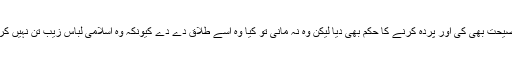
اس شخص نے اسے بےپردگى سے باز رہنے كى نصيحت بھى كى اور پردہ كرنے كا حكم بھى ديا ليكن وہ نہ مانى تو كيا وہ اسے طلاق دے دے كيونكہ وہ اسلامى لباس زيب تن نہيں كرتى، حالانكہ وہ پردہ كو فرض بھى تسليم كرتى ہے ؟